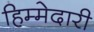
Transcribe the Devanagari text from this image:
हिम्मेदारी